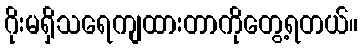
ဂိုးမရှိသရေကျထားတာကိုတွေ့ရတယ်။